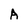
Character: A